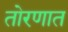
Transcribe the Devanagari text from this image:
तोरणात